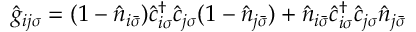
\hat { g } _ { i j \sigma } = ( 1 - \hat { n } _ { i \bar { \sigma } } ) \hat { c } _ { i \sigma } ^ { \dagger } \hat { c } _ { j \sigma } ( 1 - \hat { n } _ { j \bar { \sigma } } ) + \hat { n } _ { i \bar { \sigma } } \hat { c } _ { i \sigma } ^ { \dagger } \hat { c } _ { j \sigma } \hat { n } _ { j \bar { \sigma } }